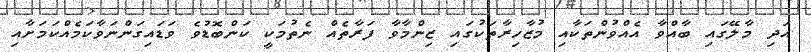
އަދި މާލޭގައި ބާއްވާ އެއްވުންތަކާއި މުޒާހިރާތަކުގައި ޒިންމާވާ ފަރާތެއް ނެތުމަކީ ކަންބޮޑުވެ ވަޑައިގަންނަވާކަމެއްކަމަށާއި